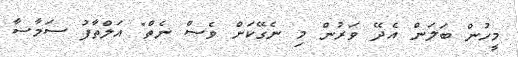
މީހުން ބަލަން އެދޭ ވަރުން މި ނެގޭކަށް ވެސް ނެތް" އަލްތާފު ސަމާސާ